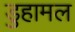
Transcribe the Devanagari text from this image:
डुहामल